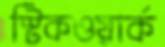
স্টিকওয়ার্ক